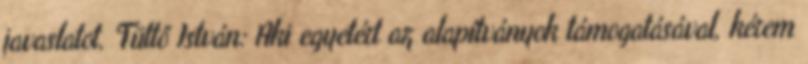
javaslatot. Tüttő István: Aki egyetért az alapítványok támogatásával, kérem